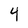
Character: 4